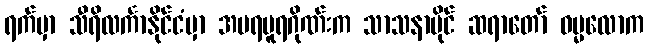
ရက်မှာ သီရိလင်္ကာနိုင်ငံမှာ အမရပူရဂိုဏ်းက သာသနာပိုင် ဆရာတော် ဓမ္မလောက